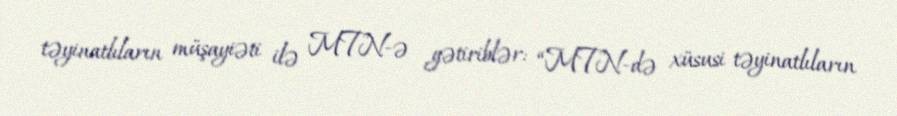
təyinatlıların müşayiəti ilə MTN-ə gətiriblər: “MTN-də xüsusi təyinatlıların